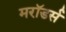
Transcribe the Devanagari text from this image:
मरॉडर्स